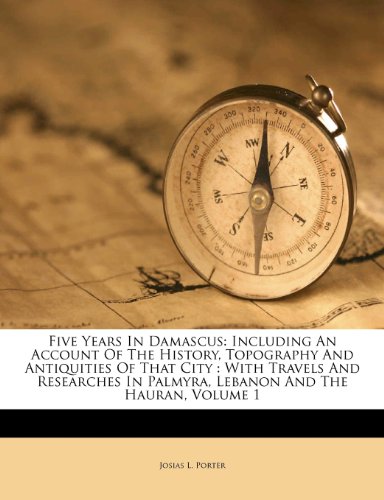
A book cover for Five Years In Damascus: Including An Account Of The History, Topography And Antiquities Of That City : With Travels And Researches In Palmyra, Lebanon And The Hauran, Volume 1; Josias L. Porter; Travel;